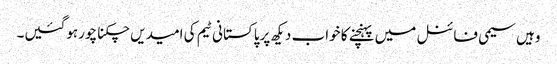
وہیں سیمی فائنل میں پہنچنے کا خواب دیکھ پرپاکستانی ٹیم کی امیدیں چکنا چورہوگئیں۔